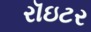
રૉઇટર